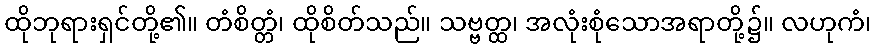
ထိုဘုရားရှင်တို့၏။ တံစိတ္တံ၊ ထိုစိတ်သည်။ သဗ္ဗတ္ထ၊ အလုံးစုံသောအရာတို့၌။ လဟုကံ၊